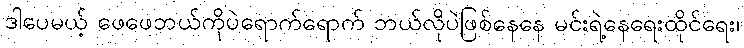
ဒါပေမယ့် ဖေဖေဘယ်ကိုပဲရောက်ရောက် ဘယ်လိုပဲဖြစ်နေနေ မင်းရဲ့နေရေးထိုင်ရေး၊